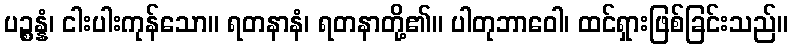
ပဉ္စန္နံ၊ ငါးပါးကုန်သော။ ရတနာနံ၊ ရတနာတို့၏။ ပါတုဘာဝေါ၊ ထင်ရှားဖြစ်ခြင်းသည်။